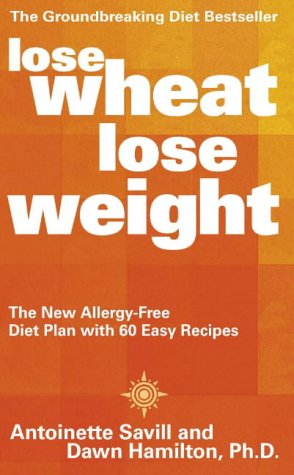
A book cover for Lose Wheat, Lose Weight: The New Allergy-free Diet Plan with 60 Easy Recipes; Antoinette Savill; Health, Fitness & Dieting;